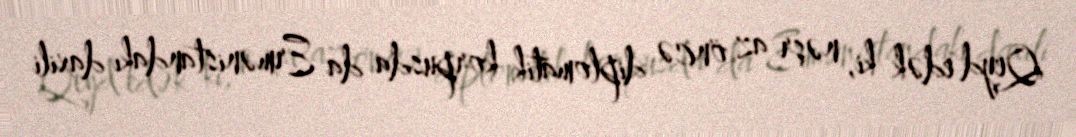
Qeyd edək ki, nəşr az öncə diplomatik korpusda da Ermənistandakı daxili